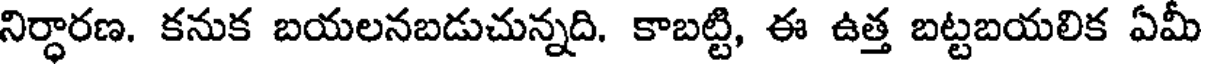
నిర్ధారణ. కనుక బయలనబడుచున్నది. కాబట్టి, ఈ ఉత్త బట్టబయలిక ఏమీ